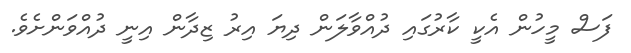
ފަސް މީހުން އެކީ ކާރުގައި ދުއްވާލަން ދިޔަ އިރު ޒިދާން އިނީ ދުއްވަންށެވެ.